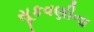
સૂકવણીના